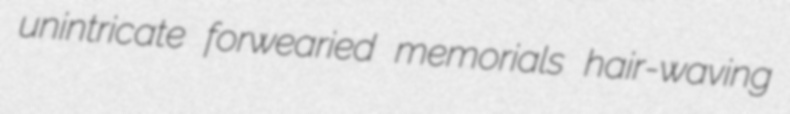
unintricate forwearied memorials hair-waving